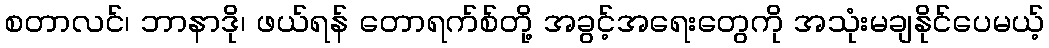
စတာလင်၊ ဘာနာဒို၊ ဖယ်ရန် တောရက်စ်တို့ အခွင့်အရေးတွေကို အသုံးမချနိုင်ပေမယ့်